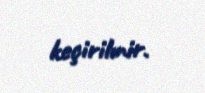
keçirilmir.